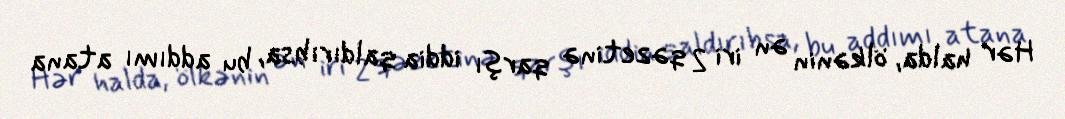
Hər halda, ölkənin ən iri 2 qəzetinə qarşı iddia qaldırıbsa, bu addımı atana